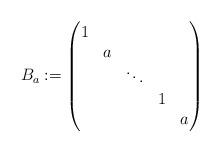
LaTeX: \begin{align*}B_{a} := \begin{pmatrix}1 \\ &a \\ && \ddots \\ &&&1 \\ &&&&a\end{pmatrix}\end{align*}